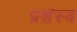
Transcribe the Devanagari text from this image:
प्रशंस्य